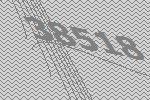
38518